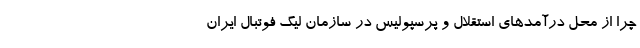
چرا از محل درآمدهای استقلال و پرسپولیس در سازمان لیگ فوتبال ایران